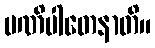
ပဏိပါတေနာတိ။